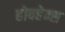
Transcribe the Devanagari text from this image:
होवहेन्स